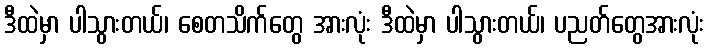
ဒီထဲမှာ ပါသွားတယ်၊ စေတသိက်တွေ အားလုံး ဒီထဲမှာ ပါသွားတယ်၊ ပညတ်တွေအားလုံး